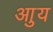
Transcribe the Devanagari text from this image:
आुय